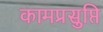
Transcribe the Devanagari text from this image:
कामप्रसुप्ति